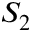
S _ { 2 }